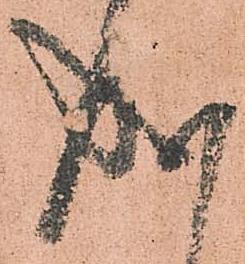
成